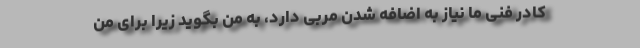
کادر فنی ما نیاز به اضافه شدن مربی دارد، به من بگوید زیرا برای من